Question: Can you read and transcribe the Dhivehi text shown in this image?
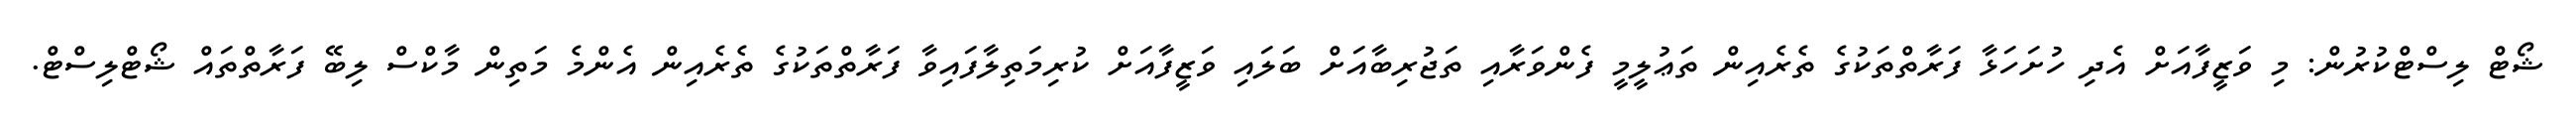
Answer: ޝޯޓް ލިސްޓްކުރުން: މި ވަޒީފާއަށް އެދި ހުށަހަޅާ ފަރާތްތަކުގެ ތެރެއިން ތަޢުލީމީ ފެންވަރާއި ތަޖުރިބާއަށް ބަލައި ވަޒީފާއަށް ކުރިމަތިލާފައިވާ ފަރާތްތަކުގެ ތެރެއިން އެންމެ މަތިން މާކްސް ލިބޭ ފަރާތްތައް ޝޯޓްލިސްޓް.